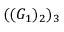
( ( G _ { 1 } ) _ { 2 } ) _ { 3 }